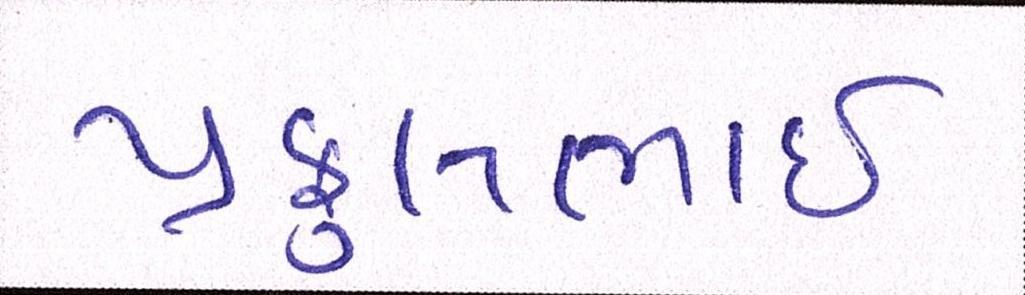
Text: પ્રફુલભાઈ